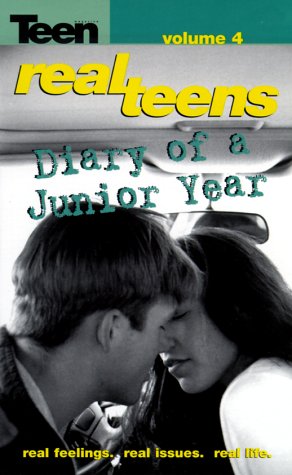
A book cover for Diary of a Junior Year (Real Teens Junior Year); Anonymous; Teen & Young Adult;